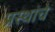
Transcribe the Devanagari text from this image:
प्रस्थांचे